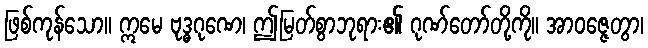
ဖြစ်ကုန်သော။ ဣမေ ဗုဒ္ဓဂုဏေ၊ ဤမြတ်စွာဘုရား၏ ဂုဏ်တော်တို့ကို။ အာဝဇ္ဇေတွာ၊